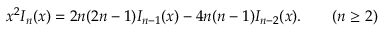
x ^ { 2 } I _ { n } ( x ) = 2 n ( 2 n - 1 ) I _ { n - 1 } ( x ) - 4 n ( n - 1 ) I _ { n - 2 } ( x ) . \qquad ( n \geq 2 )